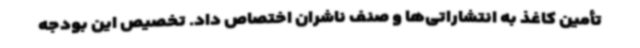
تأمین کاغذ به انتشاراتی‌ها و صنف ناشران اختصاص داد. تخصیص این بودجه